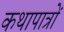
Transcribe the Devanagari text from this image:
कथापात्रों